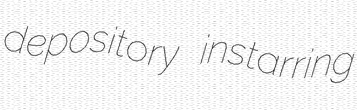
depository instarring